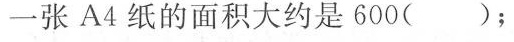
一张A4纸的面积大约是600()；